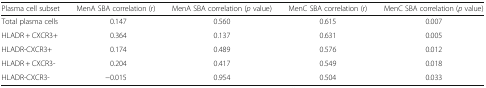
<table><thead><tr><td><b>Plasma cell subset</b></td><td><b>MenA SBA correlation (r)</b></td><td><b>MenA SBA correlation (<i>p</i> value)</b></td><td><b>MenC SBA correlation (r)</b></td><td><b>MenC SBA correlation (<i>p</i> value)</b></td></tr></thead><tbody><tr><td>Total plasma cells</td><td>0.147</td><td>0.560</td><td>0.615</td><td>0.007</td></tr><tr><td>HLADR + CXCR3+</td><td>0.364</td><td>0.137</td><td>0.631</td><td>0.005</td></tr><tr><td>HLADR-CXCR3+</td><td>0.174</td><td>0.489</td><td>0.576</td><td>0.012</td></tr><tr><td>HLADR + CXCR3-</td><td>0.204</td><td>0.417</td><td>0.549</td><td>0.018</td></tr><tr><td>HLADR-CXCR3-</td><td>−0.015</td><td>0.954</td><td>0.504</td><td>0.033</td></tr></tbody></table>